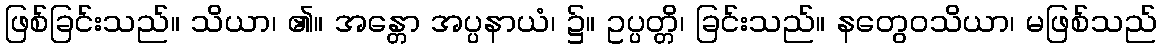
ဖြစ်ခြင်းသည်။ သိယာ၊ ၏။ အန္တော အပ္ပနာယံ၊ ၌။ ဥပ္ပတ္တိ၊ ခြင်းသည်။ နတွေဝသိယာ၊ မဖြစ်သည်